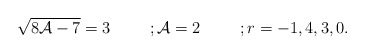
\begin{align*}\sqrt{8{\cal A}-7}=3\hspace{1cm};{\cal A}=2\hspace{1cm};r=-1,4,3,0.\end{align*}